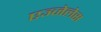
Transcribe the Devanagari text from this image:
एञ्जेलेस